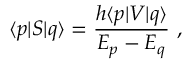
\langle p | S | q \rangle = \frac { h \langle p | V | q \rangle } { E _ { p } - E _ { q } } \ ,